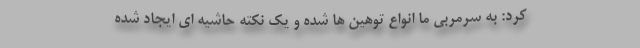
کرد: به سرمربی ما انواع توهین ها شده و یک نکته حاشیه ای ایجاد شده